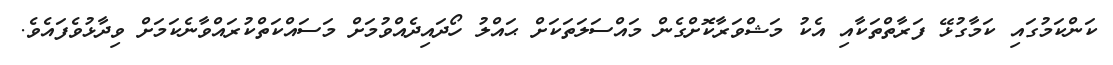
ކަންކަމުގައި ކަމާގުޅޭ ފަރާތްތަކާއި އެކު މަޝްވަރާކޮށްގެން މައްސަލަތަކަށް ޙައްލު ހޯދައިދެއްވުމަށް މަސައްކަތްކުރައްވާނެކަމަށް ވިދާޅުވެފައެވެ.